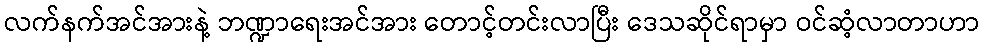
လက်နက်အင်အားနဲ့ ဘဏ္ဍာရေးအင်အား တောင့်တင်းလာပြီး ဒေသဆိုင်ရာမှာ ဝင်ဆံ့လာတာဟာ